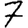
Digit: 7